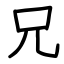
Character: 兄